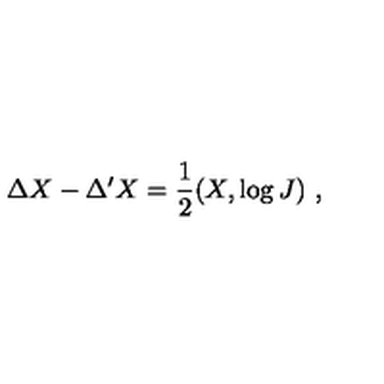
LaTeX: \Delta X - \Delta ^ { \prime } X = \frac { 1 } { 2 } ( X , \log J ) \ ,